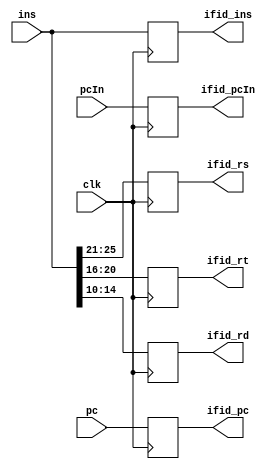
`timescale 1ns / 1ps

module IFID_Registers(clk,pc,pcIn,ins,ifid_pc,ifid_pcIn,ifid_ins,ifid_rs,ifid_rt,ifid_rd);
input clk;
input [31:0]pc;
input [31:0]pcIn;
input [31:0]ins;
output reg[31:0]ifid_pc;
output reg[31:0]ifid_pcIn;
output reg[31:0]ifid_ins;
output reg[4:0]ifid_rs;
output reg[4:0]ifid_rt;
output reg[4:0]ifid_rd;
initial begin
ifid_pc<=0;
ifid_pcIn<=0;
ifid_ins<=0;
ifid_rs<=0;
ifid_rt<=0;
ifid_rd<=0;
end
always@(posedge clk)begin
ifid_pc<=pc;
ifid_pcIn<=pcIn;
ifid_ins<=ins;
ifid_rs<=ins[25:21];
ifid_rt<=ins[20:16];
ifid_rd<=ins[15:10];
end
endmodule